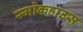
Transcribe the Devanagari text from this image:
स्मोकहाउस